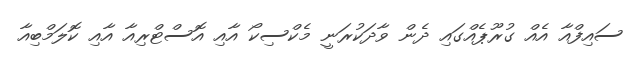
ސައިފްއާ އެއް ގުރޫޕެއްގައި ދެން ވާދަކުރަނީ މެކްސިކޯ އާއި އޮސްޓްރިއާ އާއި ކޮލަމްބިއާ